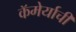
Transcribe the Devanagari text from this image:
कॅमेर्याची